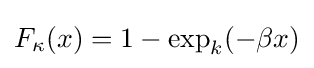
F_{\kappa }(x)=1-\exp _{k}({-\beta x)}